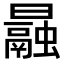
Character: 曧